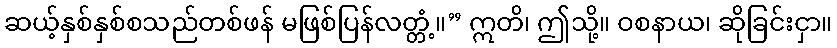
ဆယ့်နှစ်နှစ်စသည်တစ်ဖန် မဖြစ်ပြန်လတ္တံ့။” ဣတိ၊ ဤသို့။ ဝစနာယ၊ ဆိုခြင်းငှာ။